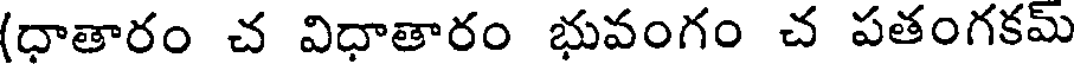
(ధాతారం చ విధాతారం భువంగం చ పతంగకమ్